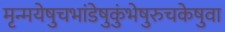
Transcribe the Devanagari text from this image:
मृन्मयेषुचभांडेषुकुंभेषुरुचकेषुवा